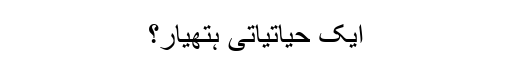
ایک حیاتیاتی ہتھیار؟